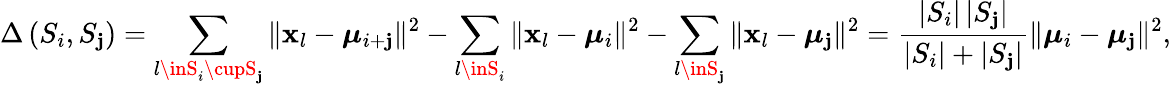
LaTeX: \Delta\left(S_{i},S_{\mathbf{j}}\right)=\sum_{l\inS_{i}\cupS_{\mathbf{j}}}\| \mathbf{{x}}_{l}-\boldsymbol{\mu}_{i+\mathbf{j}}\| ^{2}-\sum_{l\inS_{i}}\| \mathbf{{x}}_{l}-\boldsymbol{\mu}_{i}\| ^{2}-\sum_{l\inS_{\mathbf{j}}}\| \mathbf{{x}}_{l}-\boldsymbol{\mu}_{\mathbf{j}}\| ^{2}=\frac{{\left|S_{i}\right|\left|S_{\mathbf{j}}\right|}}{{\left|S_{i}\right|+\left|S_{\mathbf{j}}\right|}}\| \boldsymbol{\mu}_{i}-\boldsymbol{\mu}_{\mathbf{j}}\| ^{2},